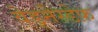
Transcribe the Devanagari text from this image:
वेड्नेस्डेफ़